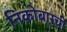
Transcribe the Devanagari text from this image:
निकोबारची